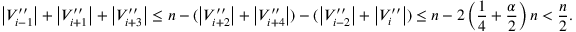
\left\vert { V _ { i - 1 } ^ { \prime \prime } } \right\vert + \left\vert { V _ { i + 1 } ^ { \prime \prime } } \right\vert + \left\vert { V _ { i + 3 } ^ { \prime \prime } } \right\vert \leq n - ( \left\vert { V _ { i + 2 } ^ { \prime \prime } } \right\vert + \left\vert { V _ { i + 4 } ^ { \prime \prime } } \right\vert ) - ( \left\vert { V _ { i - 2 } ^ { \prime \prime } } \right\vert + \left\vert { V _ { i } ^ { \prime \prime } } \right\vert ) \leq n - 2 \left( \frac { 1 } { 4 } + \frac { \alpha } { 2 } \right) n < \frac { n } { 2 } .